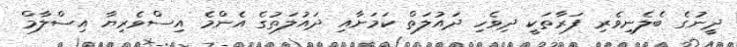
ދީނުގެ ބެލެނިވެރި ފަރާތަކީ ދިވެހި ދައުލަތް ކަމަށާއި ދައުލަތުގެ އެންމެ އިސްވެރިޔާ އިސްލާމް